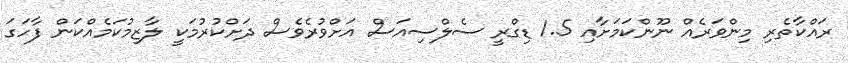
ރައްކާތެރި މިންވަރެއް ނޫންކަމަށާއި 1.5 ޑިގްރީ ސެލްސިއަސް އަށްވުުރެވެސް ދަށްކުރުމަކީ ލާޒިމުކަމެއްކަން ފާހަގަ